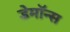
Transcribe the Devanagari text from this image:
डेमॉन्स